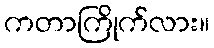
ကတာကြိုက်လား။